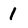
Character: 1